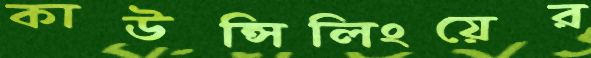
কাউন্সিলিংয়ের